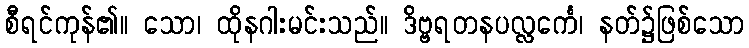
စီရင်ကုန်၏။ သော၊ ထိုနဂါးမင်းသည်။ ဒိဗ္ဗရတနပလ္လင်္ကေ၊ နတ်၌ဖြစ်သော